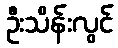
ဦးသိန်းလွင်